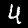
Label: 4